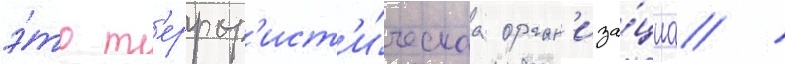
э́то т'еррор'ист'и́ческаа орган'иза́циа /